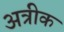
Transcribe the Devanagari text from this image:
अत्रीक